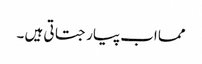
مما اب پیار جتاتی ہیں ۔